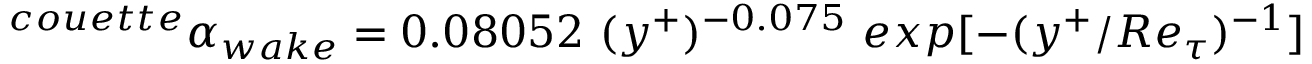
^ { c o u e t t e } \alpha _ { w a k e } = 0 . 0 8 0 5 2 ~ ( y ^ { + } ) ^ { - 0 . 0 7 5 } ~ e x p [ - ( y ^ { + } / R e _ { \tau } ) ^ { - 1 } ]